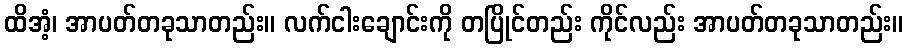
ထိအံ့၊ အာပတ်တခုသာတည်း။ လက်ငါးချောင်းကို တပြိုင်တည်း ကိုင်လည်း အာပတ်တခုသာတည်း။